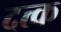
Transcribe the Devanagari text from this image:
दत्त्क